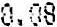
0.08